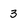
Character: 3